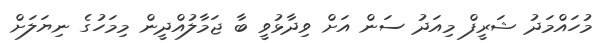
މުހައްމަދު ޝަރީފް މިއަދު ސަން އަށް ވިދާޅުވީ ބާ ޖަމާލުއްދީން މިމަހުގެ ނިޔަލަށް